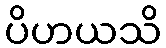
ပိဟယသိ